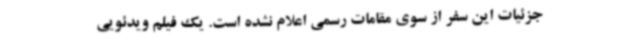
جزئیات این سفر از سوی مقامات رسمی اعلام نشده است. یک فیلم ویدئویی